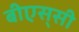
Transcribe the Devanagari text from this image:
बीएस्‌सी